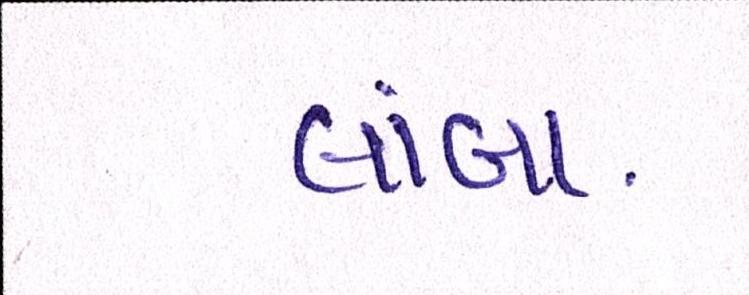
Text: લાંબા